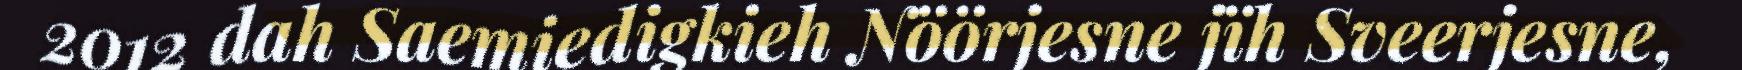
2012 dah Saemiedigkieh Nöörjesne jïh Sveerjesne,